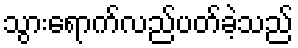
သွားရောက်လည်ပတ်ခဲ့သည်